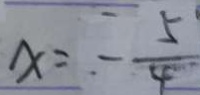
x = - \frac { 5 } { 4 }